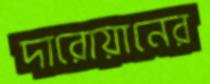
দারোয়ানের